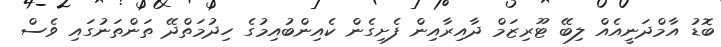
ބޮޑު އާމްދަނީއެއް ލިބޭ ޓޫރިޒަމް ދާއިރާއިން ފެށިގެން ކެއިންބުއިމުގެ ހިދުމަތްދޭ ތަންތަނުގައި ވެސް